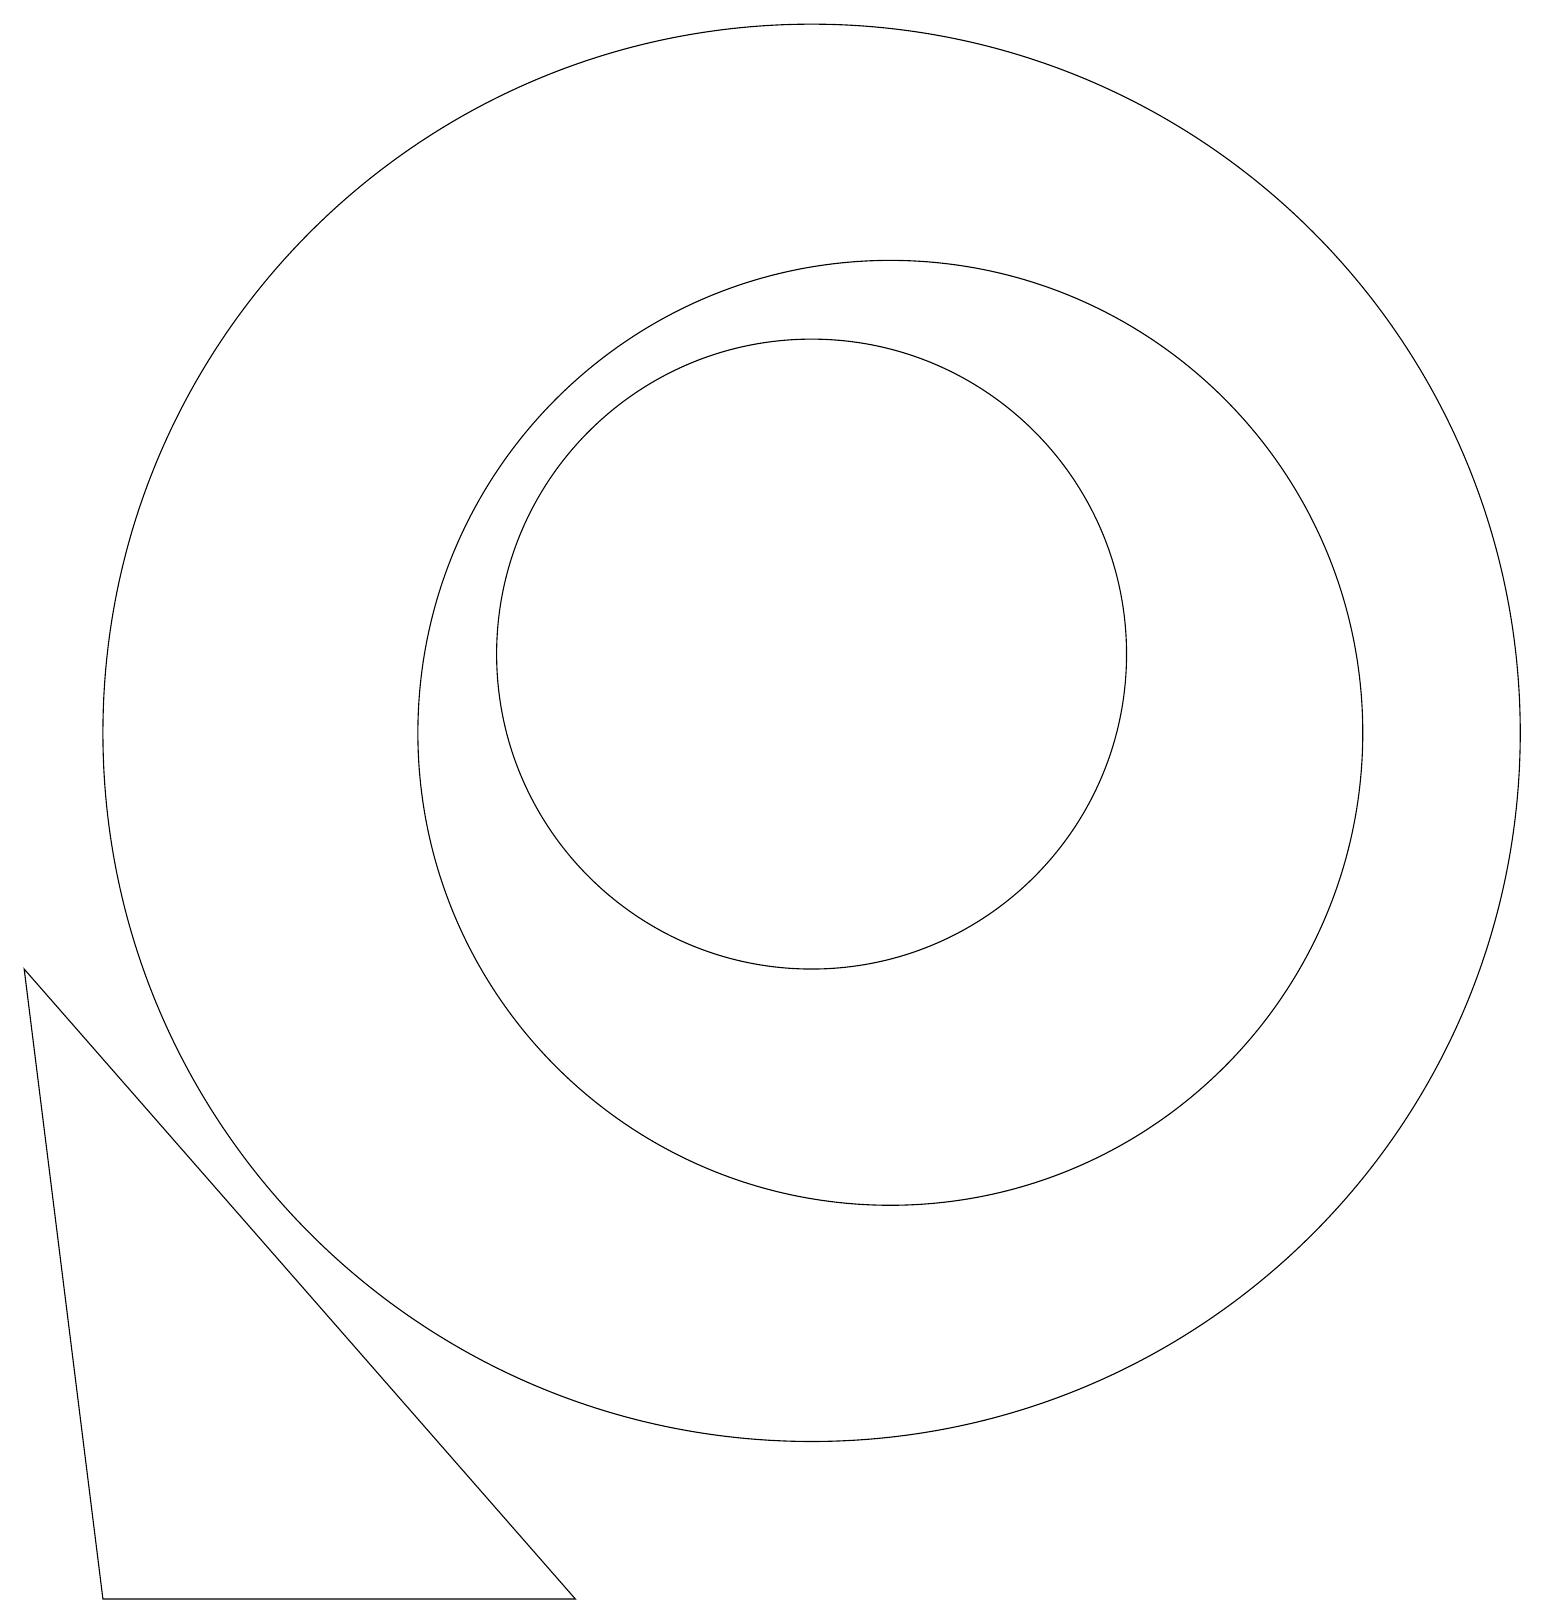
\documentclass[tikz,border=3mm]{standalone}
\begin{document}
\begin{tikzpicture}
\draw (10,11) circle (9);
\draw (1,0) -- (7,0) -- (0,8) -- cycle;
\draw (11,11) circle (6);
\draw (10,12) circle (4);
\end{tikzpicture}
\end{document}